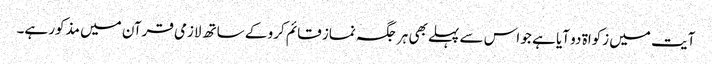
آیت میں زکواۃ دو آیا ہے جو اس سے پہلے بھی ہر جگہ نماز قائم کرو کے ساتھ لازمی قرآن میں مذکور ہے۔